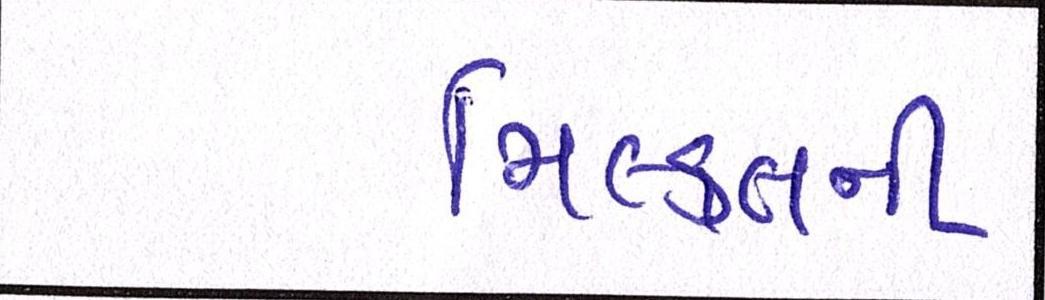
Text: મિલ્કતની